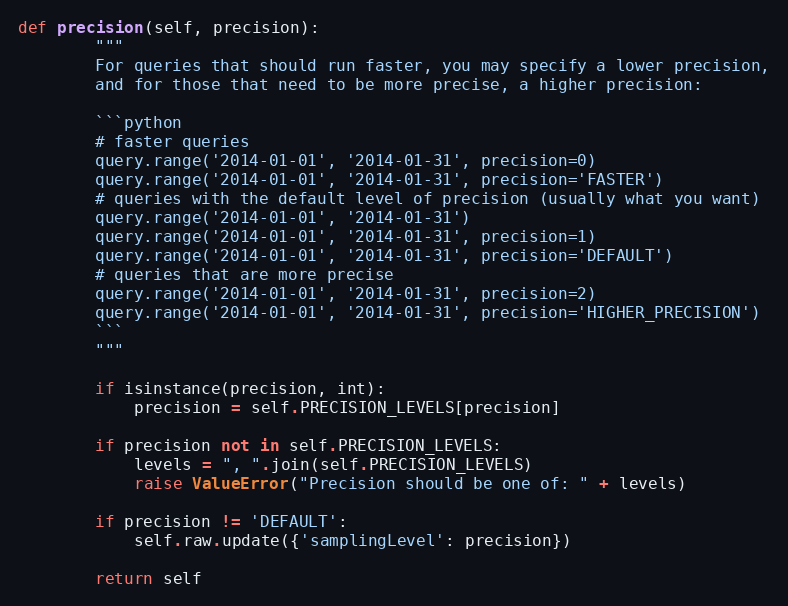
Language: Python
def precision(self, precision):
        """
        For queries that should run faster, you may specify a lower precision,
        and for those that need to be more precise, a higher precision:

        ```python
        # faster queries
        query.range('2014-01-01', '2014-01-31', precision=0)
        query.range('2014-01-01', '2014-01-31', precision='FASTER')
        # queries with the default level of precision (usually what you want)
        query.range('2014-01-01', '2014-01-31')
        query.range('2014-01-01', '2014-01-31', precision=1)
        query.range('2014-01-01', '2014-01-31', precision='DEFAULT')
        # queries that are more precise
        query.range('2014-01-01', '2014-01-31', precision=2)
        query.range('2014-01-01', '2014-01-31', precision='HIGHER_PRECISION')
        ```
        """

        if isinstance(precision, int):
            precision = self.PRECISION_LEVELS[precision]

        if precision not in self.PRECISION_LEVELS:
            levels = ", ".join(self.PRECISION_LEVELS)
            raise ValueError("Precision should be one of: " + levels)

        if precision != 'DEFAULT':
            self.raw.update({'samplingLevel': precision})

        return self